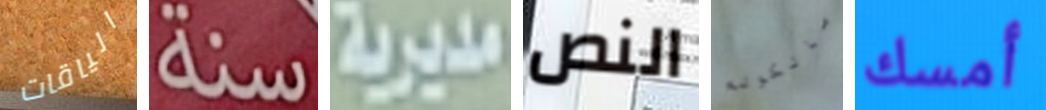
الياقات سنة مديرية النص مالكولم أمسك